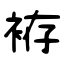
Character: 袸